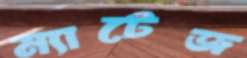
ম্যাটেজ